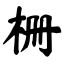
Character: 栅